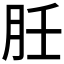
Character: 䏕